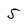
Character: 5